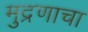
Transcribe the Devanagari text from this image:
मुद्रणाचा